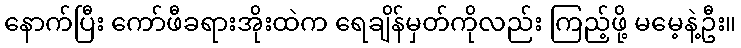
နောက်ပြီး ကော်ဖီခရားအိုးထဲက ရေချိန်မှတ်ကိုလည်း ကြည့်ဖို့ မမေ့နဲ့ဦး။